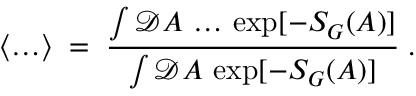
\langle \ldots \rangle \; = \; \frac { \int { \mathcal D } A \, \ldots \, \exp [ - S _ { G } ( A ) ] } { \int { \mathcal D } A \, \exp [ - S _ { G } ( A ) ] } \; .